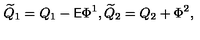
{ \widetilde Q } _ { 1 } = Q _ { 1 } - { \sf E } \Phi ^ { 1 } , { \widetilde Q } _ { 2 } = Q _ { 2 } + \Phi ^ { 2 } ,